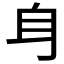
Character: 𨈑